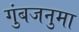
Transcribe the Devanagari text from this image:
गुंबजनुमा